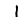
Digit: 1